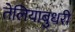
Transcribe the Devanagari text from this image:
तेलियाबुधरी